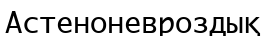
Астеноневроздық